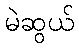
မဲဆွယ်